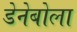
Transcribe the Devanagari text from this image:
डेनेबोला